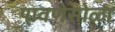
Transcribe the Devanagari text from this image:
पावणेसोळा